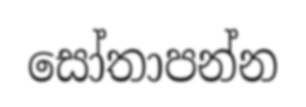
සෝතාපන්න